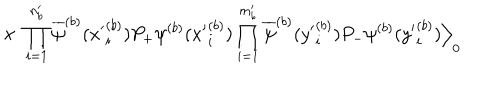
LaTeX: \times \; \prod _ { i = 1 } ^ { n _ { b } ^ { \prime } } \overline { { { \psi } } } ^ { ( b ) } ( { x ^ { \prime } } _ { i } ^ { ( b ) } ) P _ { + } \psi ^ { ( b ) } ( { x ^ { \prime } } _ { i } ^ { ( b ) } ) \prod _ { i = 1 } ^ { m _ { b } ^ { \prime } } \overline { { { \psi } } } ^ { ( b ) } ( { y ^ { \prime } } _ { i } ^ { ( b ) } ) P _ { - } \psi ^ { ( b ) } ( { y ^ { \prime } } _ { i } ^ { ( b ) } ) \Big \rangle _ { 0 }